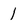
Character: 1